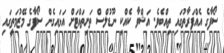
ސޯފާގެ އެއްފަރާތުގައި ތިއްބެވެ. އަޝްވާ ކެއްކި ނޫޑުލްސް ތަށިތައްޓަށް އަޅައިގެން ސޯފާގެ މޭޒުމަތީގައި